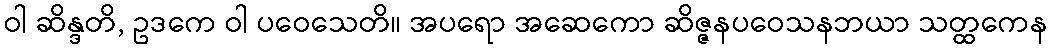
ဝါ ဆိန္ဒတိ, ဥဒကေ ဝါ ပဝေသေတိ။ အပရော အဆေကော ဆိဇ္ဇနပဝေသနဘယာ သတ္ထကေန